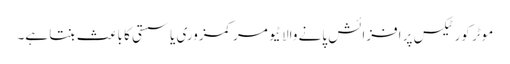
موٹر کورٹیکس پر افزائش پانے والا ٹیومر کمزوری یا سستی کا باعث بنتا ہے۔